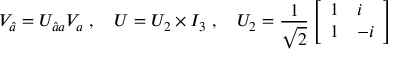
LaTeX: V _ { \hat { a } } = U _ { \hat { a } a } V _ { a } \; , \quad U = U _ { 2 } \times I _ { 3 } \; , \quad U _ { 2 } = { \frac { 1 } { \sqrt 2 } } \left[ \begin{array} { l l } { { 1 } } & { { i } } \\ { { 1 } } & { { - i } } \end{array} \right]